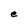
Character: e